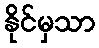
နိုင်မှသာ